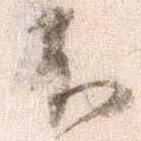
不